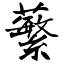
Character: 蘩